Lock hospitals Punjab
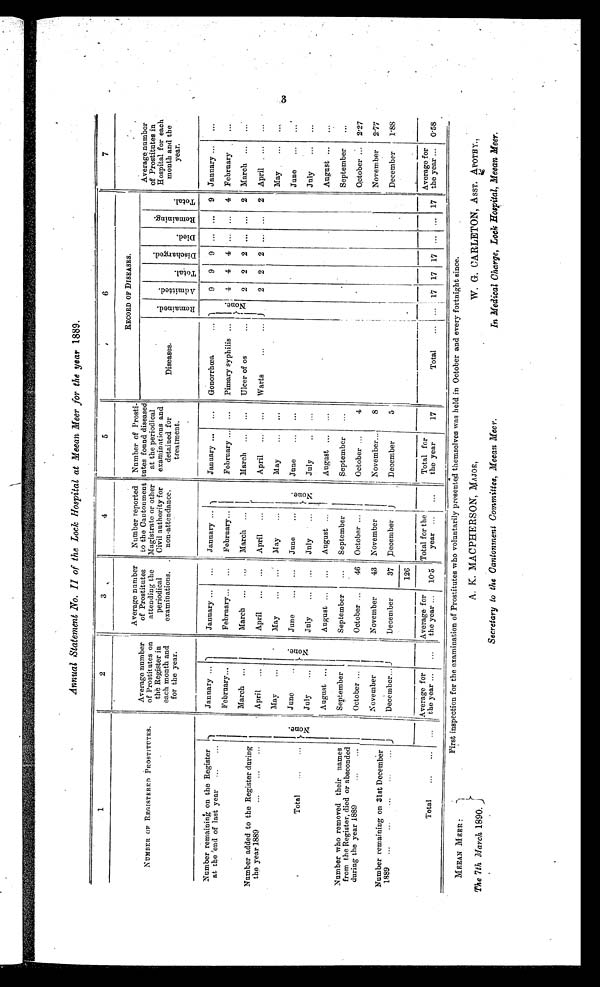
Annual Statement No. II of the Lock Hospital at Meean Meer for the year 1889.
1
2
3
4
5
6
7
NUMBER OF REGISTERED PROSTTTUTES.
Average number
of Prostitutes on
the Register in
each month and
for the year.
Average number
of Prostitutes
attending the
periodical
examinations.
Number reported
to the Cantonment
Magistrate or other
Civil authority for
non-attendance.
Number of
Prosti
tutes found diseased
at the periodical
examinations and
detained for
treatment.
RECORD OF DISEASES .
Average number
of Prostitutes in
Hospital for each
month and the
year.
Diseases.
R e m a i n e d .
A d m i t t e d .
T o t a l .
Di s c h a r g e d .
D i e d .
R e m a i n i n g .
T o t a l .
Number remaining on the Register
at the end of last year ...
...
N o n e .
January ...
N o n e .
January ...
...
January ...
N o n e .
January ...
...
Gonorrhea
. . .
N o n e .
9 9 9 ... ... 9 January ...
...
February...
February...
...
February...
February ... ...
Pimury syphilis ...
4
4
4
. . . ... 4 February ...
Number added to the Register during
the year 1889
...
...
...
March ...
March
. . .
. . . March ...
March ... ...
Ulcer of os
...
2
2
2 ... ... 2 March ...
...
April
...
April
...
April...
April
...
...
Warts
...
...
2 2 2 ...
. . . 2 April ...
...
Total
...
...
May
...
M a y . . .
...
May
...
May
...
...
May
... ...
June...
June
...
...
June
...
June
...
...
June
...
...
July
...
July
...
...
July...
July
. . .
. . .
July
...
...
Number who removed their names
from the Register, died or absconded
during the year 1889
August ...
August ...
...
August ...
August ... ...
August ...
...
September
September ...
September
September
...
September
...
October ...
October ...
46 October ...
October ...
4
October ...
2.27
Number remaining on 31st December
1889
. . .
. . .
. . .
. . .
. . .
November
November
43 November
November...
8
November
2.77
December...
December
37 December
December
5
December
1.88
1 2 6
Total
...
...
...
Average for
the year ...
...
Average for
the year ...
1 0 . 5
Total for the
year ...
...
Total for
the year
17
T o t a l . . .
. . .
1 7 17 17 ... ... 17
Average for
the year ... 0.58
3 i n s p e c t i o n f o r t h e e x a m i n a t i o n o f P r o s t i t u t e s w h o v o l u n t a r i l y p r e s e n t e d t h e m s e l v e s w a s h e l d i n O c t o b e r a n d e v e r y f o r t n i g h t s i n c e .
W. G. CARLETON, ASST. APOTHY.,
In Medical Charge, Lock Hospital, Meean Meer.
Fi rst i nspecti on for the exami nati on of Prosti tutes who vol untari l y presented themsel ves was hel d i n October and every fortni ght si nce.
A. K. MACPHERSON, M AJOR,
Secretary to the Cantonment Committee, Meean Meer.